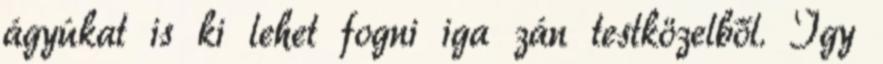
ágyúkat is ki lehet fogni iga­ zán testközelből. Így